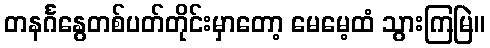
တနင်္ဂနွေတစ်ပတ်တိုင်းမှာတော့ မေမေ့ထံ သွားကြမြဲ။